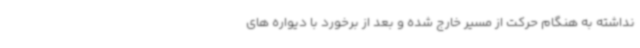
نداشته به هنگام حرکت از مسیر خارج شده و بعد از برخورد با دیواره های